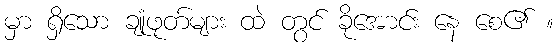
မှာ ရှိသော ချုံဖုတ်များ ထဲ တွင် ခိုအောင်း နေ စေ၏ ။